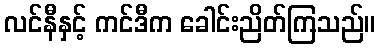
လင်နီနှင့် ကင်ဒီက ခေါင်းညိတ်ကြသည်။